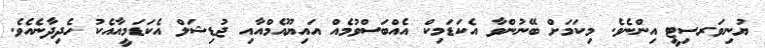
ޔުނިވަރސިޓީ އިންނެވެ. މިކަމަށް ބޭނުންވާ އެކަޑަމިކް އެއްބަސްވުމެއް އައިޔޫއެމްއާއި ޖުޑިޝަލް އެކަޑަމީއާއެކު ހެދިދާނެއެވެ.